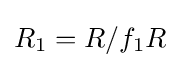
R_{1}=R/f_{1}R